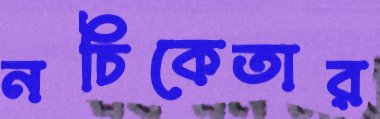
নচিকেতার